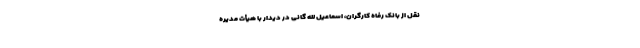
نقل از بانک رفاه کارگران، اسماعیل لله گانی در دیدار با هیأت مدیره